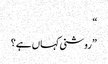
“
”روشنی کہاں ہے؟